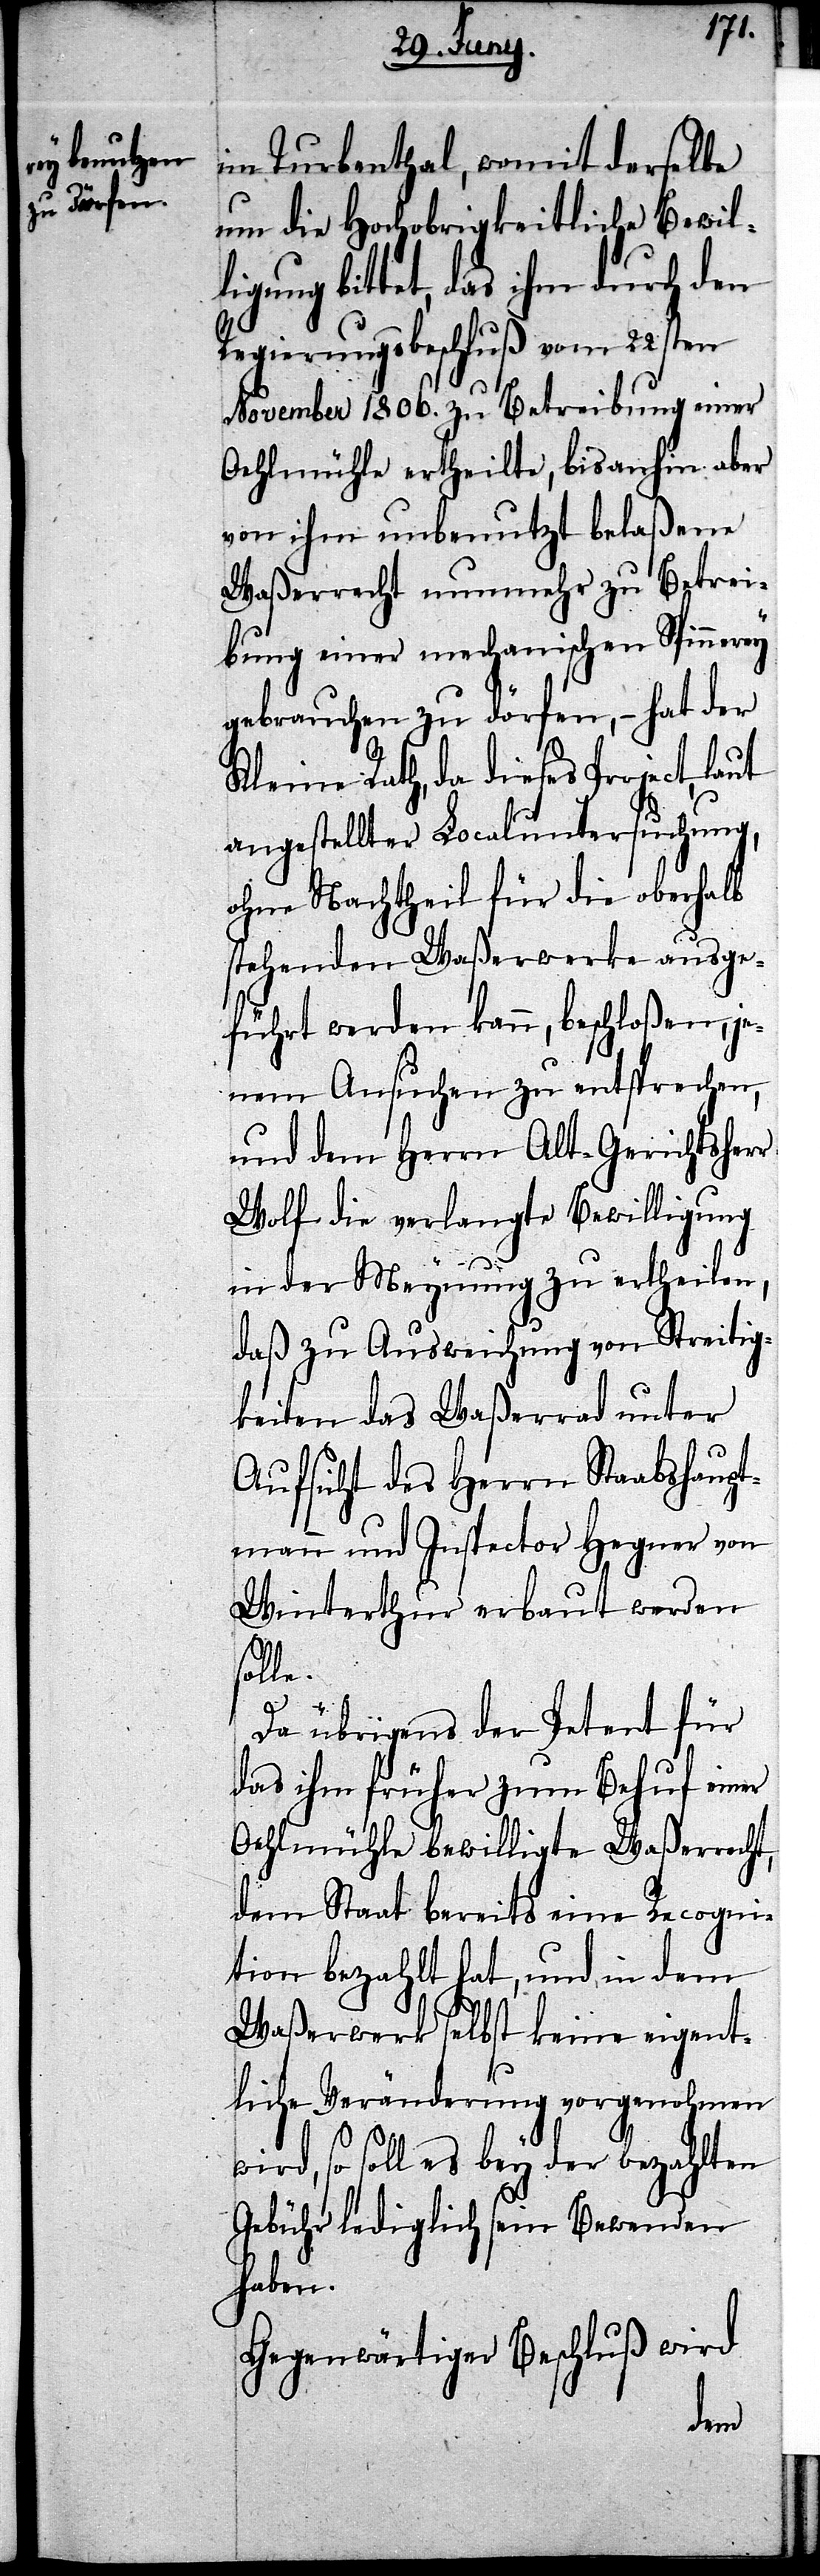
im Turbenthal, womit derselbe
um die Hochobrigkeitliche Bewil¬
ligung bittet, das ihm durch den
Regierungsbeschluß vom 22sten
November 1806. zu Betreibung einer
Oehlmühle ertheilte, bis anhin aber
von ihm unbenutzt belaßene
Waßerrecht nunmehr zu Betrei¬
bung einer mechanischen Spinnerey
gebrauchen zu dörfen, – hat der
Kleine Rath, da dieses Project,
angestellter Localuntersuchung,
ohne Nachtheil für die oberhalb
stehenden Waßerwerke ausge¬
führt werden kann, beschloßen, je¬
nem Ansuchen zu entsprechen,
und dem Herrn Alt-Gerichtsherr
Wolf die verlangte Bewilligung
in der Meynung zu ertheilen,
daß zu Ausweichung von Streitig¬
keiten das Waßerrad unter
Aufsicht des Herrn Staabshaupt¬
mann und Inspector Hegner von
Winterthur erbaut werden
solle.
Da übrigens der Petent für
das ihm früher zum Behuf einer
Oehlmühle bewilligte Waßerrecht,
dem Staats bereits eine Recogni¬
tion bezahlt hat, und in dem
Waßerwerk selbst keine eigent¬
liche Veränderung vorgenohmen
wird, so soll es bey der bezahlten
Gebühr lediglich sein Bewenden
haben.
Gegenwärtiger Beschluß wird